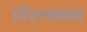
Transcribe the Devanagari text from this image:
हरिहरनावाच्या